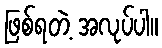
ဖြစ်ရတဲ့ အလုပ်ပါ။